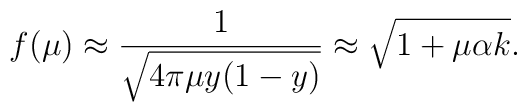
f(\mu) \approx \frac{1}{\sqrt{4 \pi \mu y (1-y)}}\approx \sqrt{1 + \mu \alpha k}.